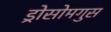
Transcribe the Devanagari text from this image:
ड्रोसोमगुस